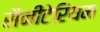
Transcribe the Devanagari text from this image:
सैनीटेरियम